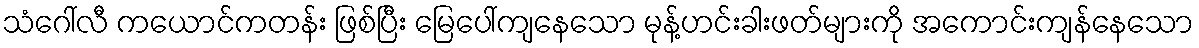
သံဂေါ်လီ ကယောင်ကတန်း ဖြစ်ပြီး မြေပေါ်ကျနေသော မုန့်ဟင်းခါးဖတ်များကို အကောင်းကျန်နေသော